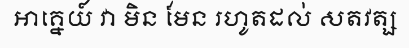
អាគ្នេយ៍ វា មិន មែន រហូតដល់ សតវត្ស